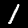
Digit: 1